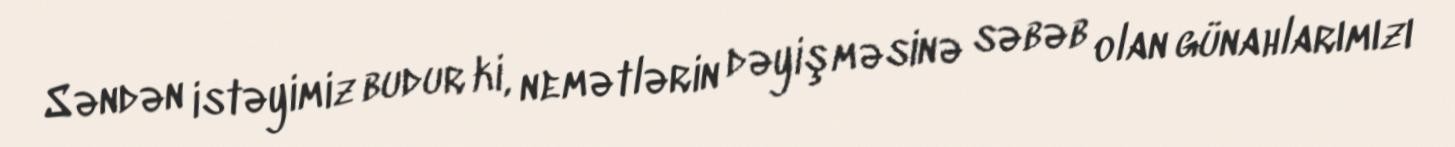
Səndən istəyimiz budur ki, nemətlərin dəyişməsinə səbəb olan günahlarımızı